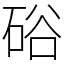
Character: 硲